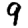
Digit: 9